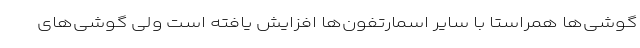
گوشی‌ها همراستا با سایر اسمارتفون‌ها افزایش یافته است ولی گوشی‌های